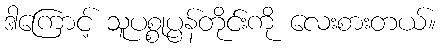
ဒါကြောင့် သူပစ္စုပ္ပန်တိုင်းကို လေးစားတယ်။